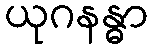
ယုဂနန္ဓာ